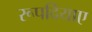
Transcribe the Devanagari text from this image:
रूपदियाए